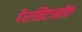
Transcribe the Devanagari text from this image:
पैरासिटामॉल